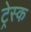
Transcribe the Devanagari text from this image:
ट्रेस्क